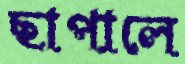
ছাপালে